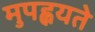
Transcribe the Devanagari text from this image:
मुपह्वयते